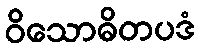
ဝိသောဓိတပဒံ